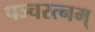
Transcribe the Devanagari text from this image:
पञ्चरत्नम्